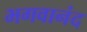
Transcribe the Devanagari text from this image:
भगवानंद